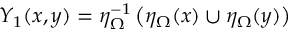
Y _ { 1 } ( x , y ) = \eta _ { \Omega } ^ { - 1 } \left( \eta _ { \Omega } ( x ) \cup \eta _ { \Omega } ( y ) \right)